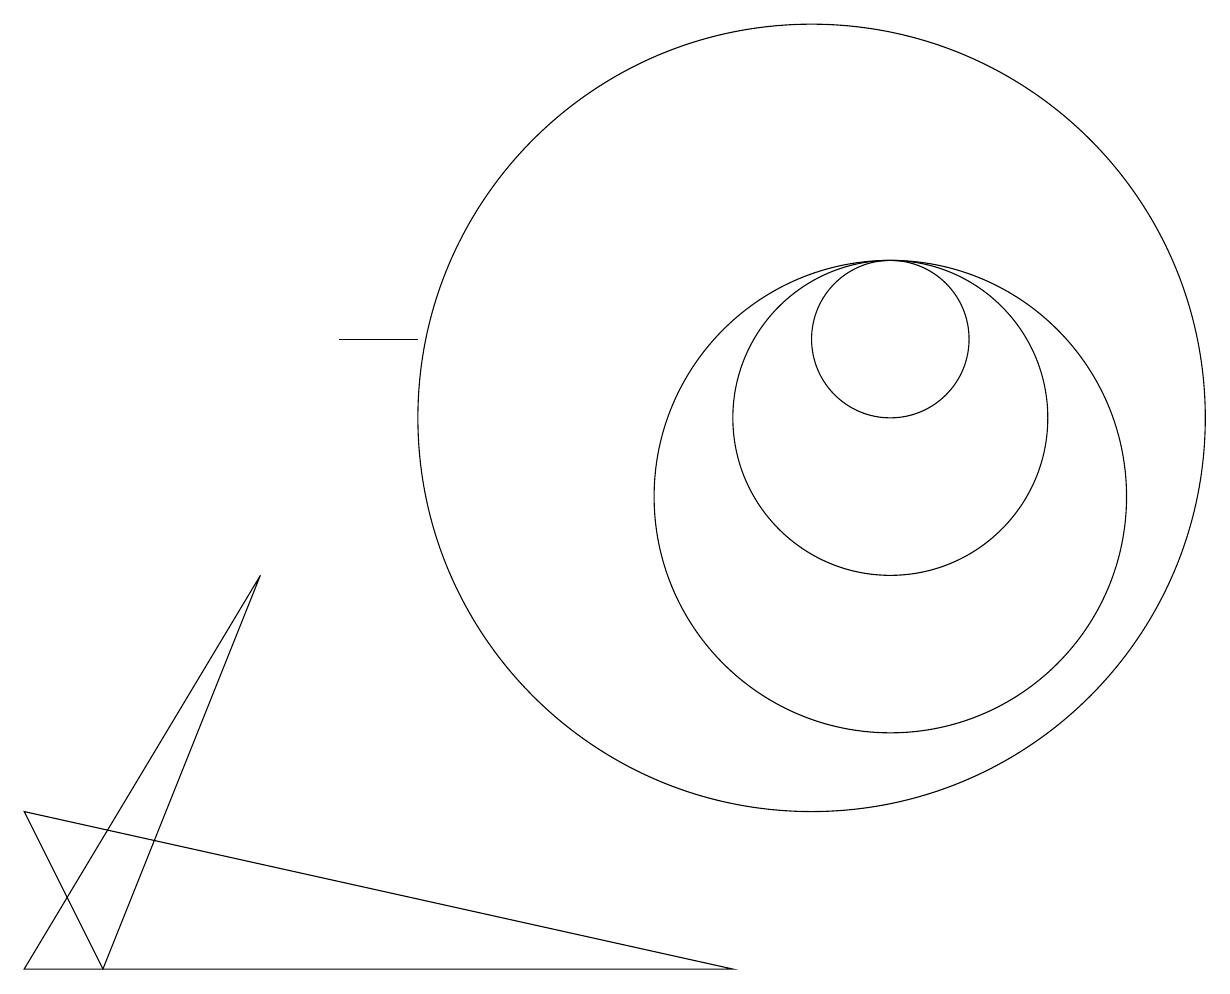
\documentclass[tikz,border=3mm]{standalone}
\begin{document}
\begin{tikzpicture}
\draw (10,11) circle (5);
\draw (3,9) -- (1,4) -- (0,4) -- cycle;
\draw (11,11) circle (2);
\draw (11,12) circle (1);
\draw (5,12) rectangle (4,12);
\draw (9,4) -- (1,4) -- (0,6) -- cycle;
\draw (11,10) circle (3);
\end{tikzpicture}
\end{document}